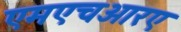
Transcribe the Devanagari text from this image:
एमएचआरए